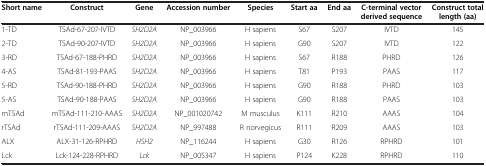
| Short name | Construct | Gene | Accession number | Species | Start aa | End aa | C-terminal vector derived sequence | Construct total length (aa) |
 | --- | --- | --- | --- | --- | --- | --- | --- | --- |
 | 1-TD | TSAd-67-207-IVTD | SH2D2A | NP_003966 | H sapiens | S67 | S207 | IVTD | 145 |
 | 2-TD | TSAd-90-207-IVTD | SH2D2A | NP_003966 | H sapiens | G90 | S207 | IVTD | 122 |
 | 3-RD | TSAd-67-188-PHRD | SH2D2A | NP_003966 | H sapiens | S67 | R188 | PHRD | 126 |
 | 4-AS | TSAd-81-193-PAAS | SH2D2A | NP_003966 | H sapiens | T81 | P193 | PAAS | 117 |
 | 5-RD | TSAd-90-188-PHRD | SH2D2A | NP_003966 | H sapiens | G90 | R188 | PHRD | 103 |
 | 5-AS | TSAd-90-188-PAAS | SH2D2A | NP_003966 | H sapiens | G90 | R188 | PAAS | 103 |
 | mTSAd | mTSAd-111-210-AAAS | SH2D2A | NP_001020742 | M musculus | K111 | R210 | AAAS | 104 |
 | rTSAd | rTSAd-111-209-AAAS | SH2D2A | NP_997488 | R norvegicus | R111 | R209 | AAAS | 103 |
 | ALX | ALX-31-126-RPHRD | HSH2 | NP_116244 | H sapiens | G30 | R126 | RPHRD | 101 |
 | Lck | Lck-124-228-RPHRD | Lck | NP_005347 | H sapiens | P124 | K228 | RPHRD | 110 |